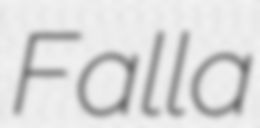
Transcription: Falla